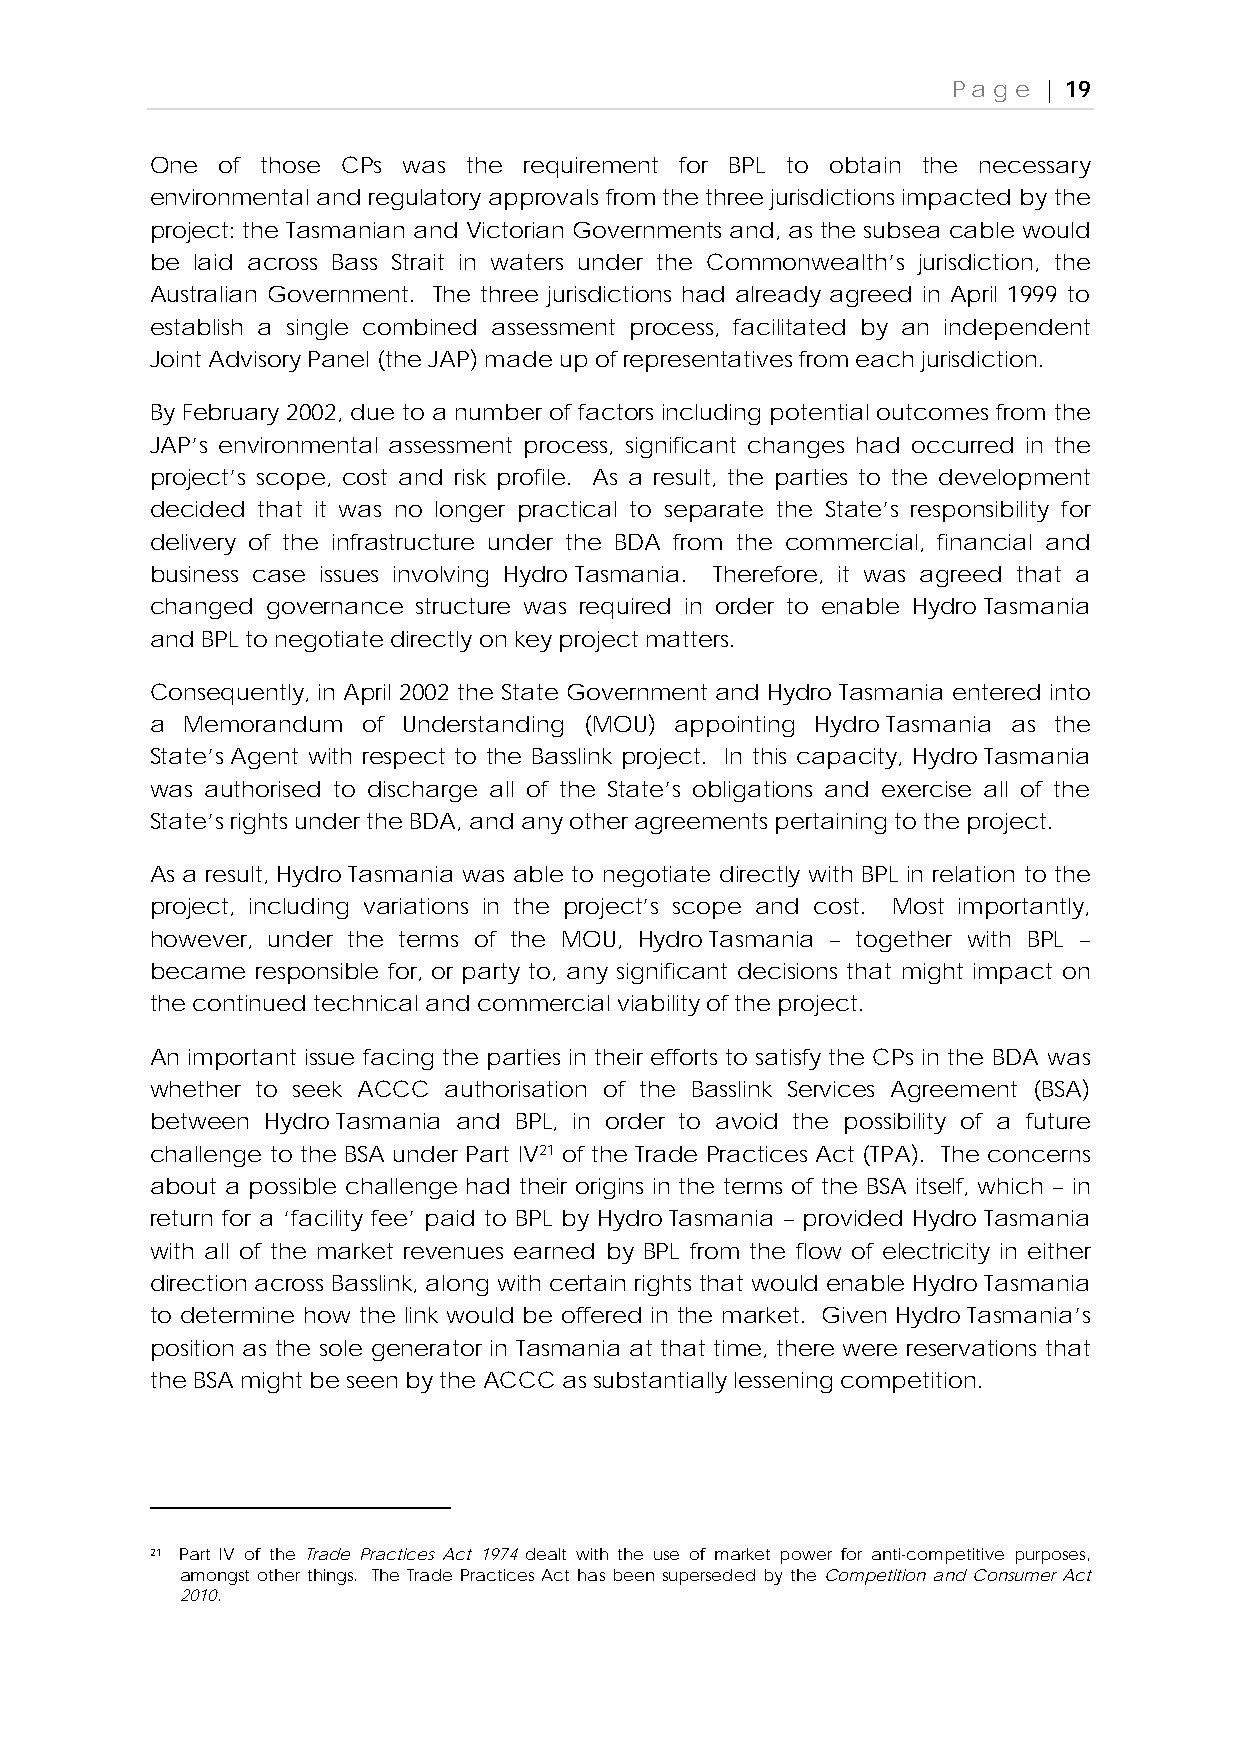
Page  | 19
 One of those CPs was the requirement for BPL to obtain the necessary
 environmental and regulatory approvals from the three jurisdictions impacted by the
 project: the Tasmanian and Victorian Governments and, as the subsea cable would
 be laid across Bass Strait in waters under the Commonwealth’s jurisdiction, the
 Australian Government. The three jurisdictions had already agreed in April 1999 to
 establish a single combined assessment process, facilitated by an independent
 Joint Advisory Panel (the JAP) made up of representatives from each jurisdiction.
 By February 2002, due to a number of factors including potential outcomes from the
 JAP’s environmental assessment process, significant changes had occurred in the
 project’s scope, cost and risk profile. As a result, the parties to the development
 decided that it was no longer practical to separate the State’s responsibility for
 delivery of the infrastructure under the BDA from the commercial, financial and
 business case issues involving Hydro Tasmania. Therefore, it was agreed that a
 changed governance structure was required in order to enable Hydro Tasmania
 and BPL to negotiate directly on key project matters.
 Consequently, in April 2002 the State Government and Hydro Tasmania entered into
 a Memorandum  of Understanding (MOU) appointing Hydro Tasmania as the
 State’s Agent with respect to the Basslink project. In this capacity, Hydro Tasmania
 was authorised to discharge all of the State’s obligations and exercise all of the
 State’s rights under the BDA, and any other agreements pertaining to the project.
 As a result, Hydro Tasmania was able to negotiate directly with BPL in relation to the
 project, including variations in the project’s scope and cost. Most importantly,
 however, under the terms of the MOU, Hydro Tasmania – together with BPL –
 became responsible for, or party to, any significant decisions that might impact on
 the continued technical and commercial viability of the project.
 An important issue facing the parties in their efforts to satisfy the CPs in the BDA was
 whether to seek ACCC authorisation of the Basslink Services Agreement (BSA)
 between Hydro Tasmania and BPL, in order to avoid the possibility of a future
 challenge to the BSA under Part IV21 of the Trade Practices Act (TPA). The concerns
 about a possible challenge had their origins in the terms of the BSA itself, which – in
 return for a ‘facility fee’ paid to BPL by Hydro Tasmania – provided Hydro Tasmania
 with all of the market revenues earned by BPL from the flow of electricity in either
 direction across Basslink, along with certain rights that would enable Hydro Tasmania
 to determine how the link would be offered in the market. Given Hydro Tasmania’s
 position as the sole generator in Tasmania at that time, there were reservations that
 the BSA might be seen by the ACCC as substantially lessening competition.
 21 Part IV of the Trade Practices Act 1974 dealt with the use of market power for anti-competitive purposes,
 amongst other things. The Trade Practices Act has been superseded by the Competition and Consumer Act
 2010.